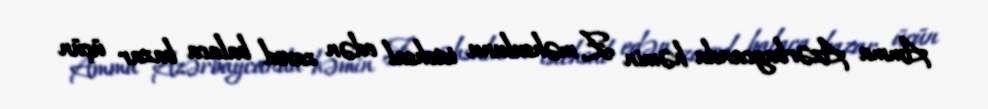
Amma Azərbaycanda həmin Z məhsulunu istehsal edən zavod balaca bazar üçün